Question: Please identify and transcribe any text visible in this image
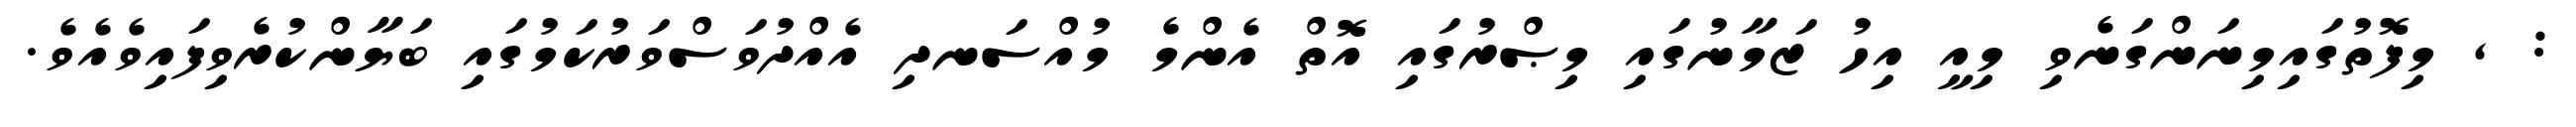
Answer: : , މިފޮތުގައިމިނަންގަނެވި މިއީ އިހު ޒަމާނުގައި މިޞްރުގައި އޮތް އެންމެ މުއްސަނދި އެއްދުވަސްވަރުކަމުގައި ބަޔާންކުރެވިފައިވެއެވެ.